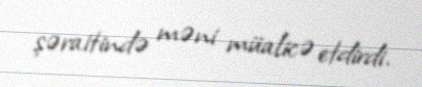
şəraitində məni müalicə etdirdi.